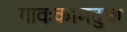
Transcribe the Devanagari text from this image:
गावःकामदुधा